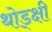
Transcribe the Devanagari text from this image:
थोड्क्षी